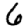
Digit: 6